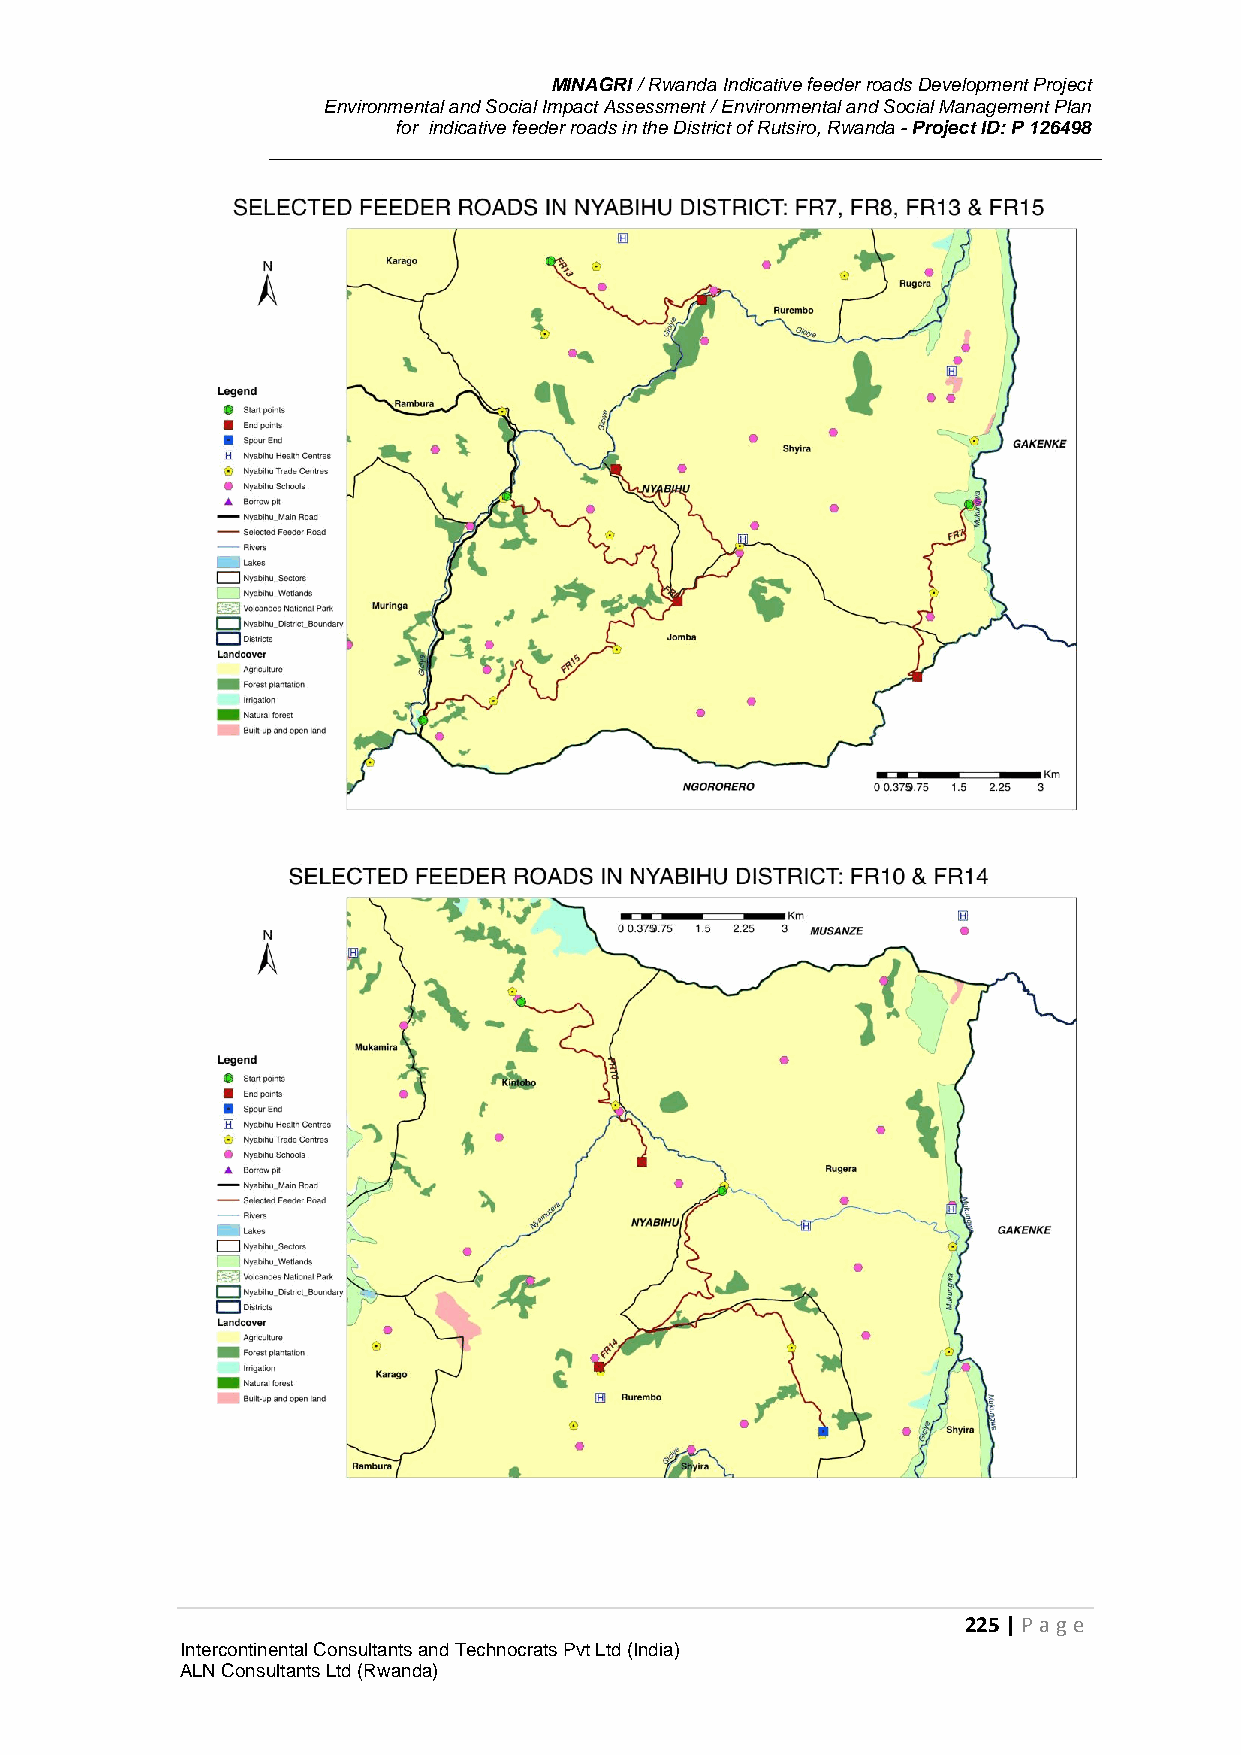
MINAGRI / Rwanda Indicative feeder roads Development Project
 Environmental and Social Impact Assessment / Environmental and Social Management Plan
 for indicative feeder roads in the District of Rutsiro, Rwanda - Project ID: P 126498
 225 | P age
 Intercontinental Consultants and Technocrats Pvt Ltd (India)
 ALN Consultants Ltd (Rwanda)